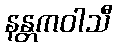
နန္တကဝါသီ